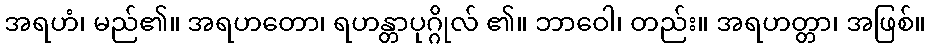
အရဟံ၊ မည်၏။ အရဟတော၊ ရဟန္တာပုဂ္ဂိုလ် ၏။ ဘာဝေါ၊ တည်း။ အရဟတ္တာ၊ အဖြစ်။